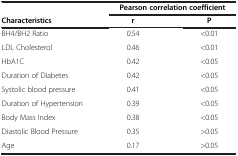
|  | <COLSPAN=2> Pearson correlation coefficient |
 | Characteristics | r | P |
 | --- | --- | --- |
 | BH4/BH2 Ratio | 0.54 | <0.01 |
 | LDL Cholesterol | 0.46 | <0.01 |
 | HbA1C | 0.42 | <0.05 |
 | Duration of Diabetes | 0.42 | <0.05 |
 | Systolic blood pressure | 0.41 | <0.05 |
 | Duration of Hypertension | 0.39 | <0.05 |
 | Body Mass Index | 0.38 | <0.05 |
 | Diastolic Blood Pressure | 0.35 | >0.05 |
 | Age | 0.17 | >0.05 |